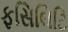
ફસિલિટિ